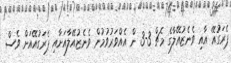
ޕެރަގުއޭ އާއި ވެނެޒުއޭލާގެ މެޗް 3-3 ން އެއްވަރުވުމުން ވެނެޒުއޭލާއަށާއި ޕެރަގުއޭއަށް ވެސް